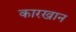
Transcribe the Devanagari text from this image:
कारखान